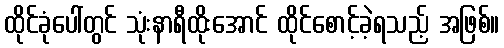
ထိုင်ခုံပေါ်တွင် သုံးနာရီထိုးအောင် ထိုင်စောင့်ခဲ့ရသည့် အဖြစ်။